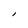
Character: l